Lunatic asylums Punjab 1868-1880 - 1868-1880
Year: 1868
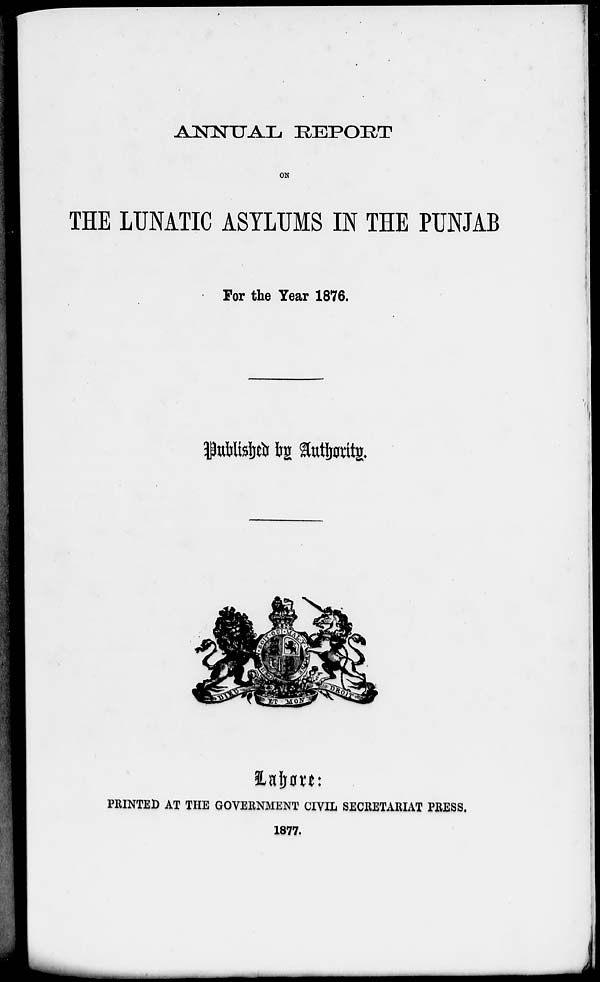
ANNUAL REPORT
ON
THE LUNATIC ASYLUMS IN THE PUNJAB
For the Year 1876.
Published by Authority.
Lahore:
PRINTED AT THE GOVERNMENT CIVIL SECRETARIAT PRESS.
1877.